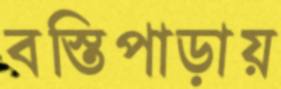
বস্তিপাড়ায়